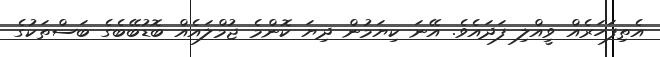
އެތިފަހަރެއް ވީއްލި ފަދައެވެ. އޭނަ ކިޔަމުން ދިޔަ ކޮންމެ ޖުމްލައެއް ބޮޑުބޭބެގެ ބަސްތަކުގެ